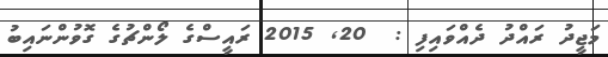
މަޖީދު ރައްދު ދެއްވައިފި :  20